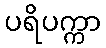
ပရိပက္ကာ